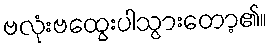
ဗလုံးဗထွေးပါသွားတော့၏။